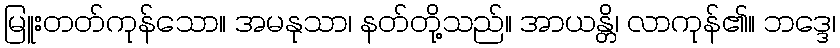
မြူးတတ်ကုန်သော။ အမနုသာ၊ နတ်တို့သည်။ အာယန္တိ၊ လာကုန်၏။ ဘဒ္ဒေ၊